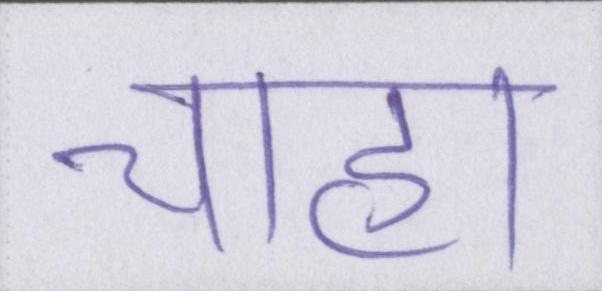
चाहा